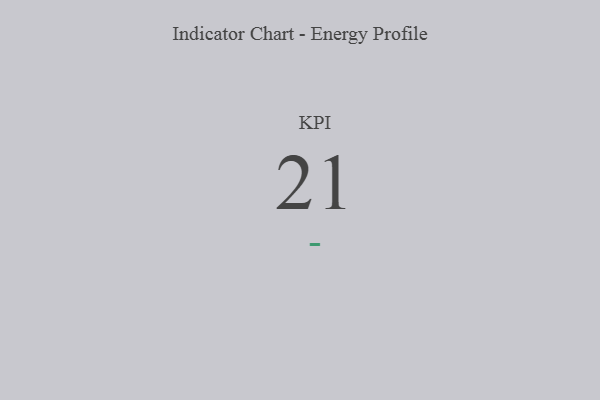
{"axis": {"x": "KPI", "y": "Value"}, "legend": [""], "data": [{"x": "KPI", "y": 21, "type": ""}]}